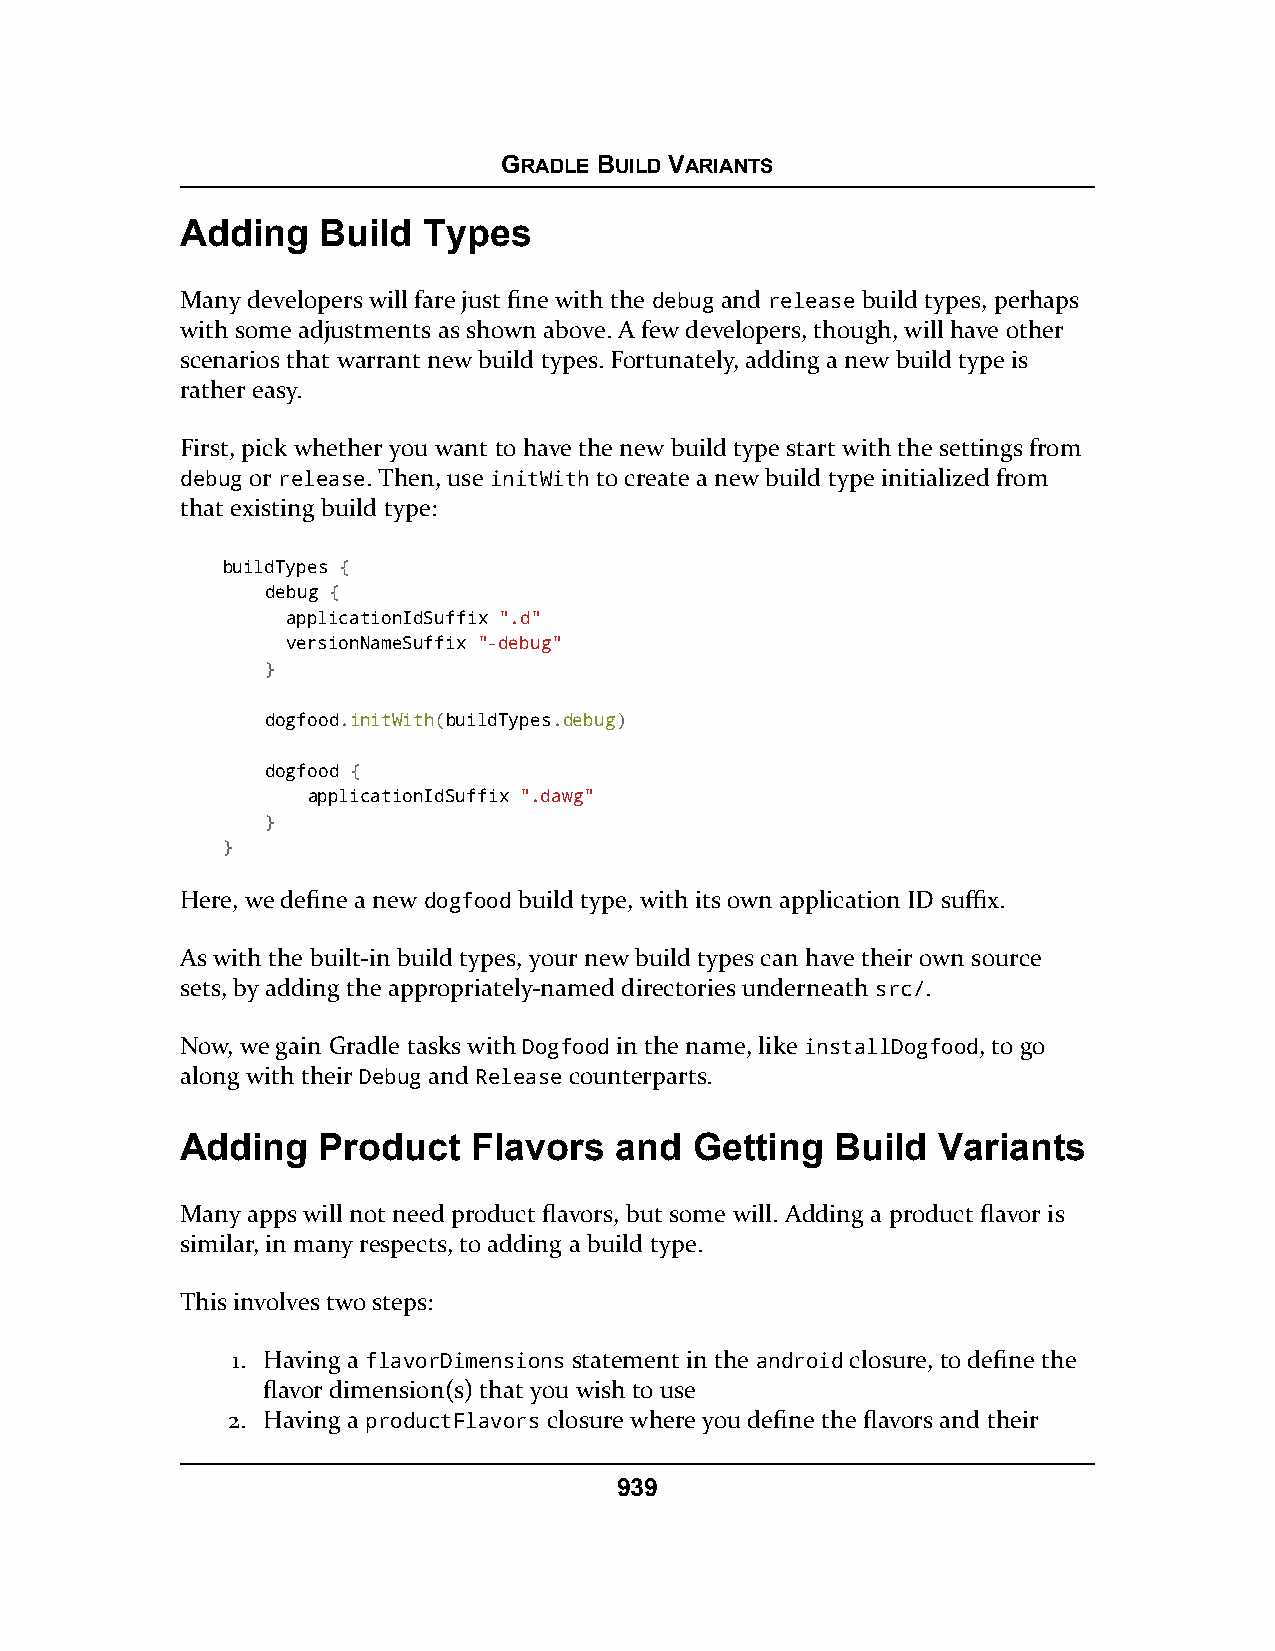
GRADLE BUILD VARIANTS
 Adding   Build  Types
 Many developers will fare just fine with the debug and release build types, perhaps
 with some adjustments as shown above. A few developers, though, will have other
 scenarios that warrant new build types. Fortunately, adding a new build type is
 rather easy.
 First, pick whether you want to have the new build type start with the settings from
 debug or release. Then, use initWith to create a new build type initialized from
 that existing build type:
 buildTypes {
 debug {
 applicationIdSuffix ".d"
 versionNameSuffix "-debug"
 }
 dogfood.initWith(buildTypes.debug)
 dogfood {
 applicationIdSuffix ".dawg"
 }
 }
 Here, we define a new dogfood build type, with its own application ID suffix.
 As with the built-in build types, your new build types can have their own source
 sets, by adding the appropriately-named directories underneath src/.
 Now, we gain Gradle tasks with Dogfood in the name, like installDogfood, to go
 along with their Debug and Release counterparts.
 Adding   Product   Flavors   and  Getting  Build  Variants
 Many apps will not need product flavors, but some will. Adding a product flavor is
 similar, in many respects, to adding a build type.
 This involves two steps:
 1. Having a flavorDimensions statement in the android closure, to define the
 flavor dimension(s) that you wish to use
 2. Having a productFlavors closure where you define the flavors and their
 939